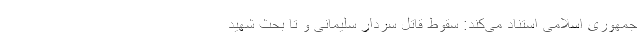
جمهوری اسلامی استناد می‌کند: سقوط قاتل سردار سلیمانی و تا بحث شهید